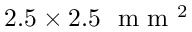
2 . 5 \times 2 . 5 ~ \textrm { m m } ^ { 2 }